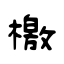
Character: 檄